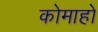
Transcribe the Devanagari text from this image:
कोमाहो